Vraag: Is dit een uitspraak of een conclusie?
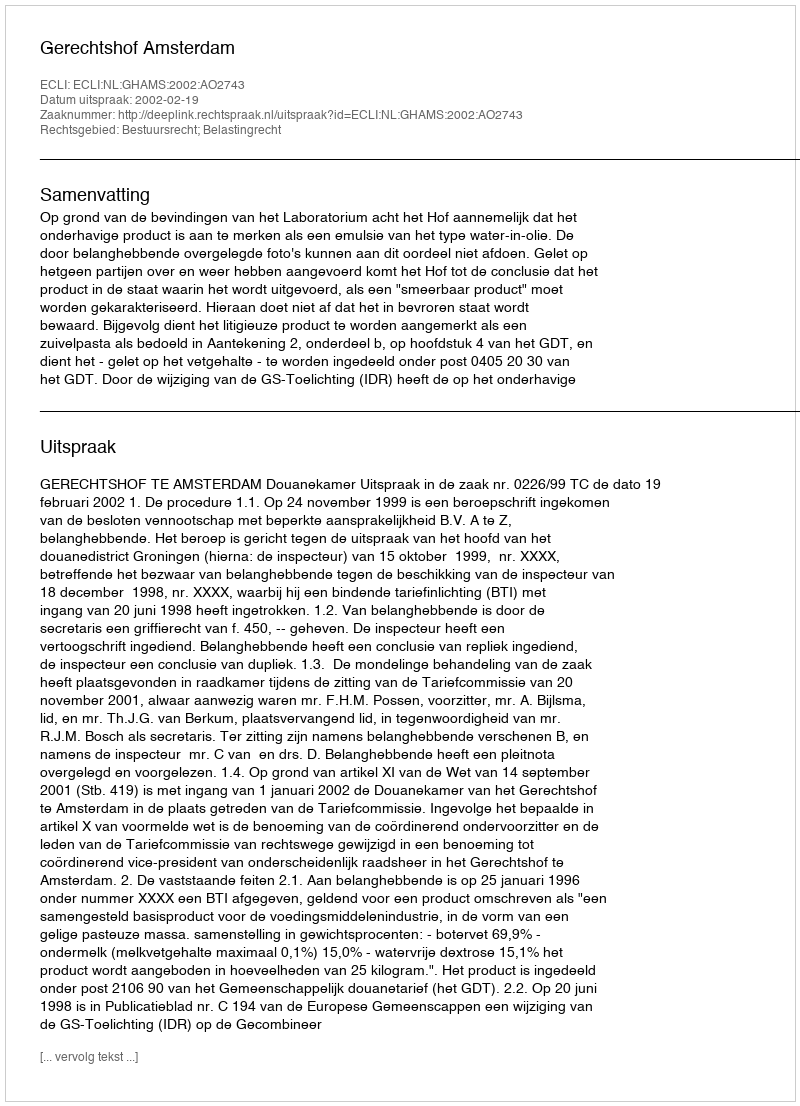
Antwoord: Uitspraak